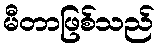
မီတာဖြစ်သည်